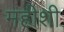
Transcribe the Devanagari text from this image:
महीशी